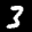
Label: 3